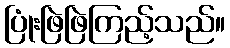
ပြုံးဖြဲဖြဲကြည့်သည်။